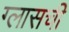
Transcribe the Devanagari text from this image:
ग्लासची